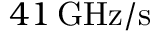
4 1 \, \mathrm { G H z } \mathrm { / s }